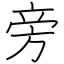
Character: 旁